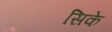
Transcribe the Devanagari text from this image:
सिके